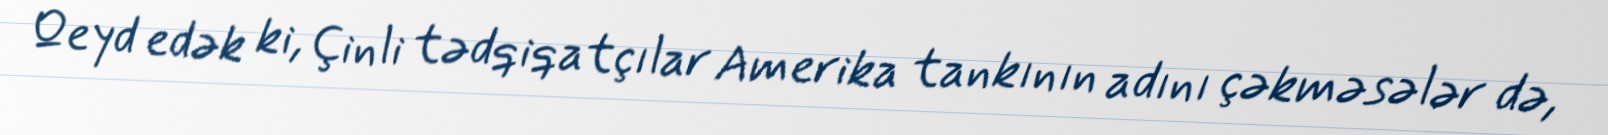
Qeyd edək ki, Çinli tədqiqatçılar Amerika tankının adını çəkməsələr də,